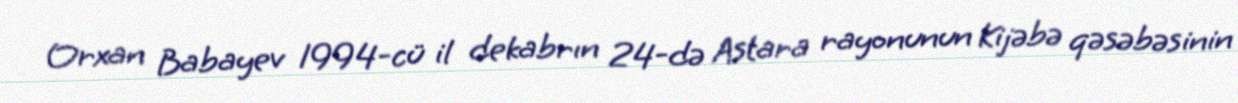
Orxan Babayev 1994-cü il dekabrın 24-də Astara rayonunun Kijəbə qəsəbəsinin